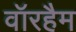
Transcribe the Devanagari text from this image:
वॉरहैम